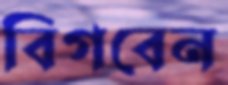
বিগবেন